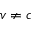
v \neq c